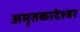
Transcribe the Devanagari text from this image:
अमृतकादेश्वर